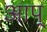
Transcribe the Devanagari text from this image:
आप्